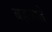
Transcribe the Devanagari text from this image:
बहलाते